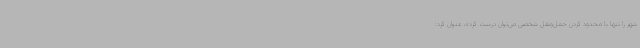
شهر را تنها با محدود کردن حمل‌ونقل شخصی می‌توان درست کرد»، عنوان کرد: